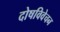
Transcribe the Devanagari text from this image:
दोषविवेचन